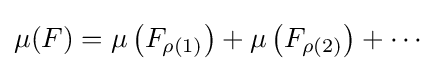
\mu (F)=\mu \left(F_{\rho (1)}\right)+\mu \left(F_{\rho (2)}\right)+\cdots